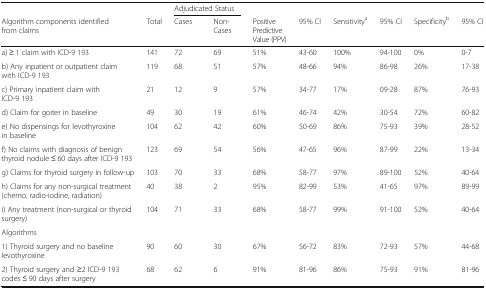
<table><thead><tr><td></td><td></td><td colspan="2"><b>Adjudicated Status</b></td><td></td><td></td><td></td><td></td><td></td><td></td></tr><tr><td><b>Algorithm components identified from claims</b></td><td><b>Total</b></td><td><b>Cases</b></td><td><b>Non-Cases</b></td><td><b>Positive Predictive Value (PPV)</b></td><td><b>95% CI</b></td><td><b>Sensitivity<sup>a</sup></b></td><td><b>95% CI</b></td><td><b>Specificity<sup>b</sup></b></td><td><b>95% CI</b></td></tr></thead><tbody><tr><td>a) ≥ 1 claim with ICD-9 193</td><td>141</td><td>72</td><td>69</td><td>51%</td><td>43-60</td><td>100%</td><td>94-100</td><td>0%</td><td>0-7</td></tr><tr><td>b) Any inpatient or outpatient claim with ICD-9 193</td><td>119</td><td>68</td><td>51</td><td>57%</td><td>48-66</td><td>94%</td><td>86-98</td><td>26%</td><td>17-38</td></tr><tr><td>c) Primary inpatient claim with ICD-9 193</td><td>21</td><td>12</td><td>9</td><td>57%</td><td>34-77</td><td>17%</td><td>09-28</td><td>87%</td><td>76-93</td></tr><tr><td>d) Claim for goiter in baseline</td><td>49</td><td>30</td><td>19</td><td>61%</td><td>46-74</td><td>42%</td><td>30-54</td><td>72%</td><td>60-82</td></tr><tr><td>e) No dispensings for levothyroxine in baseline</td><td>104</td><td>62</td><td>42</td><td>60%</td><td>50-69</td><td>86%</td><td>75-93</td><td>39%</td><td>28-52</td></tr><tr><td>f) No claims with diagnosis of benign thyroid nodule ≤ 60 days after ICD-9 193</td><td>123</td><td>69</td><td>54</td><td>56%</td><td>47-65</td><td>96%</td><td>87-99</td><td>22%</td><td>13-34</td></tr><tr><td>g) Claims for thyroid surgery in follow-up</td><td>103</td><td>70</td><td>33</td><td>68%</td><td>58-77</td><td>97%</td><td>89-100</td><td>52%</td><td>40-64</td></tr><tr><td>h) Claims for any non-surgical treatment (chemo, radio-iodine, radiation)</td><td>40</td><td>38</td><td>2</td><td>95%</td><td>82-99</td><td>53%</td><td>41-65</td><td>97%</td><td>89-99</td></tr><tr><td>i) Any treatment (non-surgical or thyroid surgery)</td><td>104</td><td>71</td><td>33</td><td>68%</td><td>58-77</td><td>99%</td><td>91-100</td><td>52%</td><td>40-64</td></tr><tr><td colspan="10">Algorithms</td></tr><tr><td>1) Thyroid surgery and no baseline levothyroxine</td><td>90</td><td>60</td><td>30</td><td>67%</td><td>56-72</td><td>83%</td><td>72-93</td><td>57%</td><td>44-68</td></tr><tr><td>2) Thyroid surgery and ≥2 ICD-9 193 codes ≤ 90 days after surgery</td><td>68</td><td>62</td><td>6</td><td>91%</td><td>81-96</td><td>86%</td><td>75-93</td><td>91%</td><td>81-96</td></tr></tbody></table>